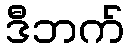
ဒီဘက်